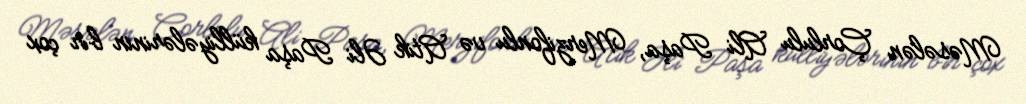
Məsələn Çorlulu Ali Paşa, Merzifonlu və Atik Əli Paşa külliyələrinin bir çox